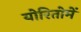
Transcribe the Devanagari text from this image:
योरितोमें